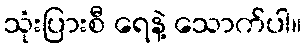
သုံးပြားစီ ရေနဲ့ သောက်ပါ။